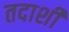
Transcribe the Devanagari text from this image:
तदाशी